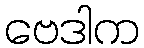
ဗေဒါက